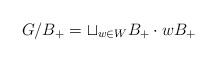
LaTeX: \begin{align*}G/B_+ = \sqcup_{w \in W} B_+ \cdot w B_+ \end{align*}